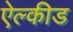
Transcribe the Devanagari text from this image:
ऐल्कीड